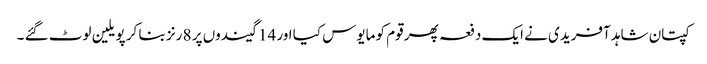
کپتان شاہد آفریدی نے ایک دفعہ پھر قوم کو مایوس کیا اور 14 گیندوں پر 8 رنز بنا کر پویلین لوٹ گئے ۔